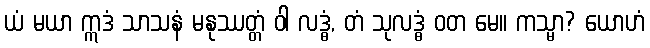
ယံ မယာ ဣဒံ သာသနံ မနုဿတ္တံ ဝါ လဒ္ဓံ, တံ သုလဒ္ဓံ ဝတ မေ။ ကသ္မာ? ယောဟံ